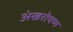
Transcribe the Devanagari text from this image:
अंखरोपण